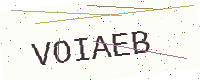
Text: VOIAEB